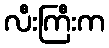
လီးကြီးက